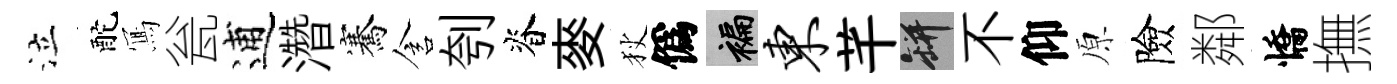
泣酡𭂁瓮逋濳騫含刳脊麥狄僞褊东芊瓶不仰原險鄰憍撫